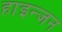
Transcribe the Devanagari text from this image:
हाइन्जन